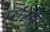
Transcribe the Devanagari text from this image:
पौंगरा